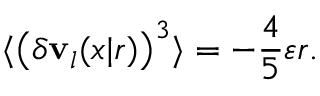
\langle \left( \delta \mathbf { v } _ { l } ( x | r ) \right) ^ { 3 } \rangle = - \frac { 4 } { 5 } \varepsilon r .